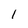
Character: 1